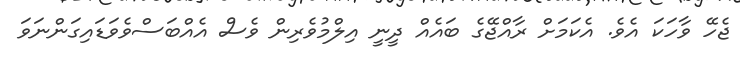
ޖެހޭ ވާހަކަ އެވެ. އެކަމަށް ރާއްޖޭގެ ބައެއް ދީނީ އިލްމުވެރިން ވެސް އެއްބަސްވެވަޑައިގަންނަވަ